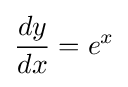
{\frac {dy}{dx}}=e^{x}